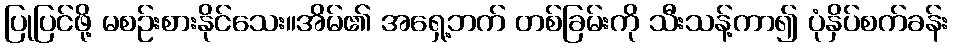
ပြုပြင်ဖို့ မစဉ်းစားနိုင်သေး။အိမ်၏ အရှေ့ဘက် တစ်ခြမ်းကို သီးသန့်ကာ၍ ပုံနှိပ်စက်ခန်း